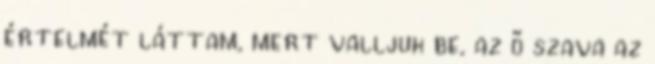
értelmét láttam, mert valljuk be, az ő szava az